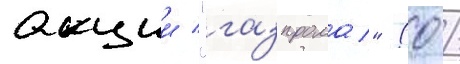
акции "газпрома" (0 /